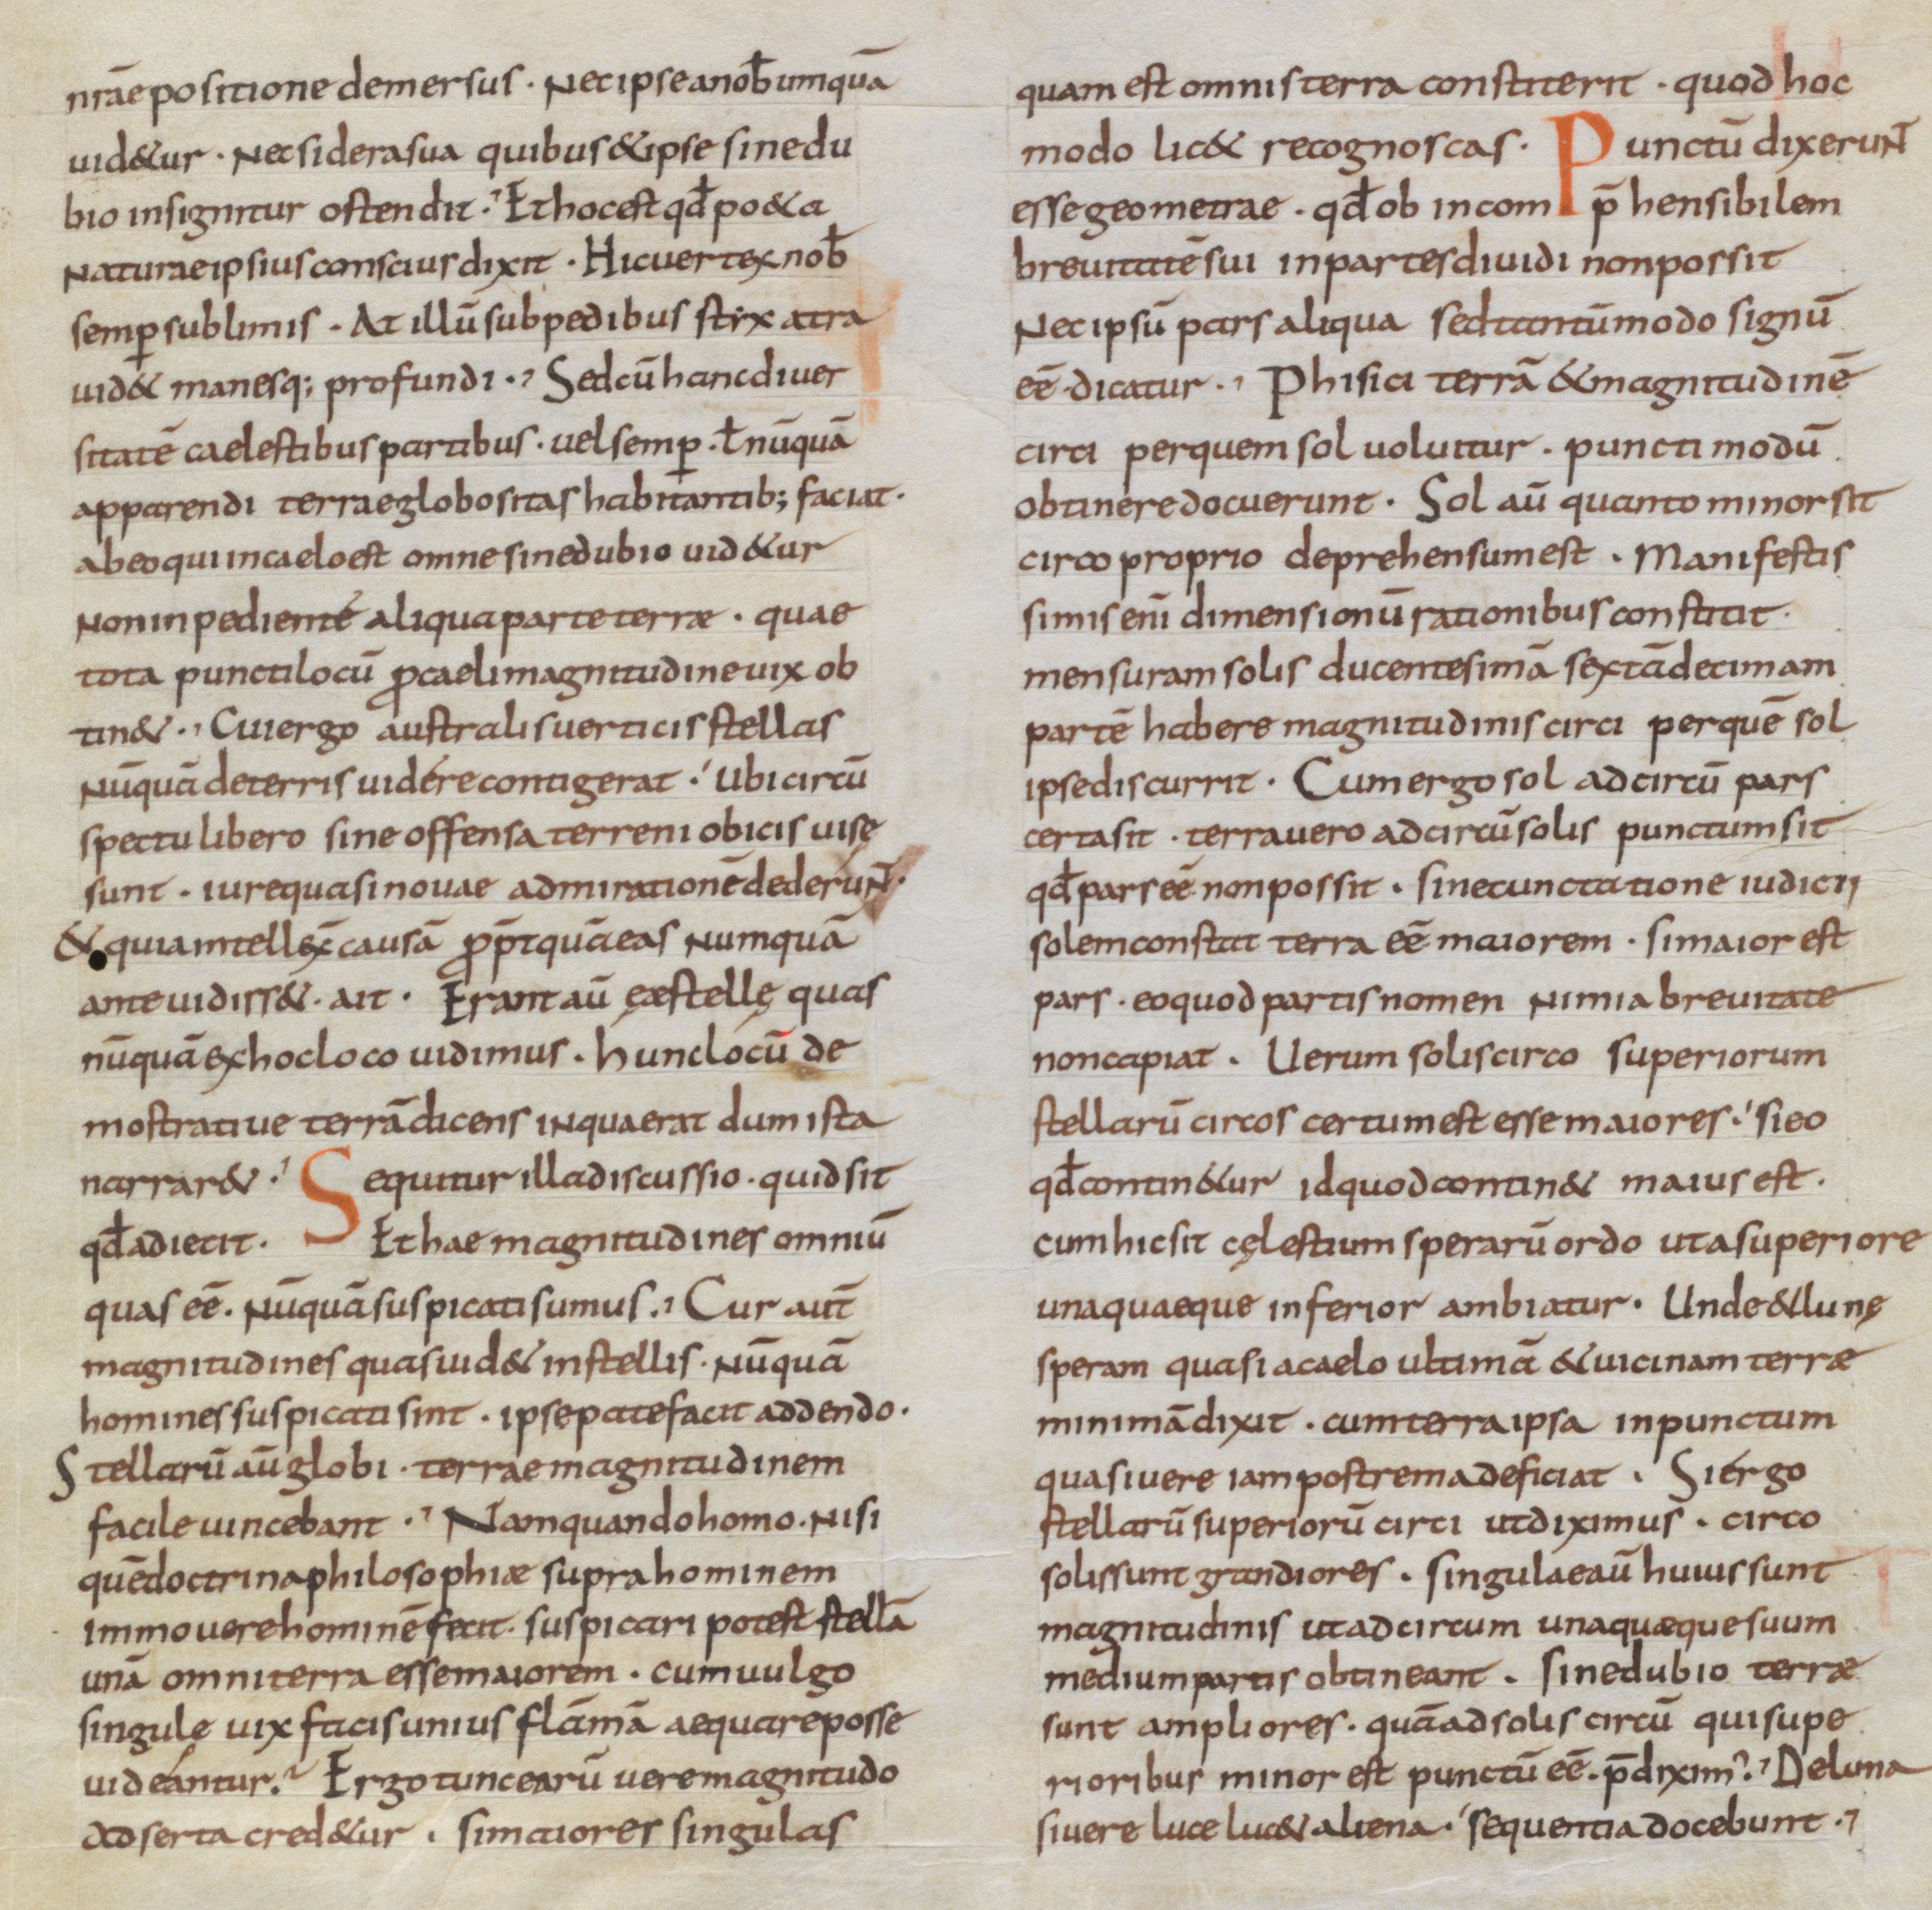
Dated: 850–899